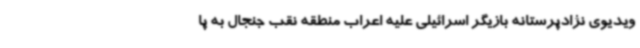
ویدیوی نژادپرستانه بازیگر اسرائیلی علیه اعراب منطقه نقب جنجال به پا